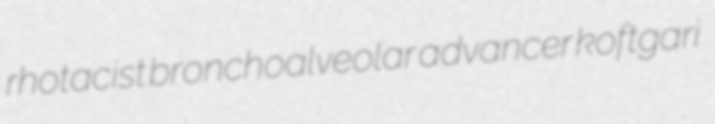
rhotacist bronchoalveolar advancer koftgari